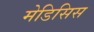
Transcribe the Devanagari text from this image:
मेडिसिस